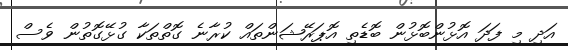
އަދި މި ފަދަ އޮޅުންބޮޅުން ބޮޑެތި އޮޕަރޭޝަންތައް ކުރާނެ ގޮތްތަކާ ގުޅޭގޮތުން ވެސް